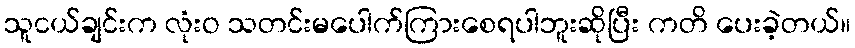
သူငယ်ချင်းက လုံးဝ သတင်းမပေါက်ကြားစေရပါဘူးဆိုပြီး ကတိ ပေးခဲ့တယ်။